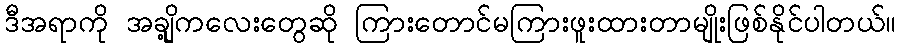
ဒီအရာကို အချို့ကလေးတွေဆို ကြားတောင်မကြားဖူးထားတာမျိုးဖြစ်နိုင်ပါတယ်။